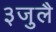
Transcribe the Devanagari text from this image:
३जुलै